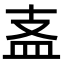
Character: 𥁈